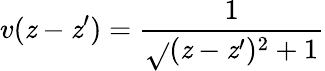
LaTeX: v(\mathit{z}-\mathit{z}^{\prime})=\frac{{1}}{{\sqrt{}{{(\mathit{z}-\mathit{z}^{\prime})^{2}+1}}}}